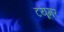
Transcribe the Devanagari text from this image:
टयूमर